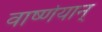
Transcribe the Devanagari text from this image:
वार्ष्णेयान्‌